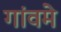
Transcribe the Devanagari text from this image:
गांवमे